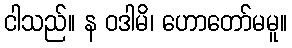
ငါသည်။ န ဝဒါမိ၊ ဟောတော်မမူ။